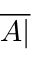
\overline { { A | } }